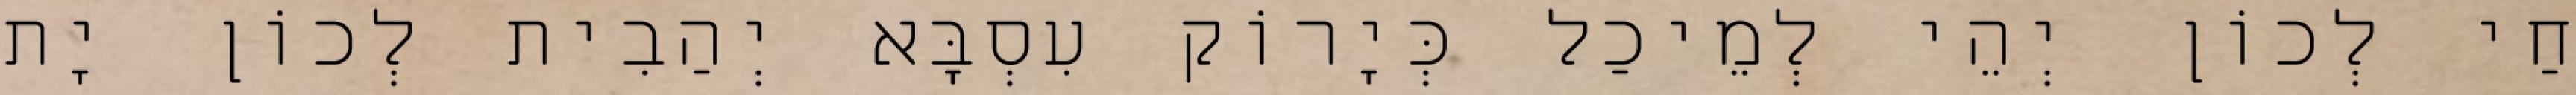
חַי לְכוֹן יְהֵי לְמֵיכַל כְּיָרוֹק עִסְבָּא יְהַבִית לְכוֹן יָת